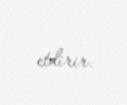
etdirir.